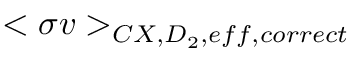
< \sigma v > _ { C X , D _ { 2 } , e f f , c o r r e c t }